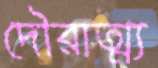
দৌরাত্ম্য